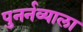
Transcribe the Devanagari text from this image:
पुनर्नव्याला